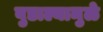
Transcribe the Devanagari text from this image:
बुडाल्यामुळे